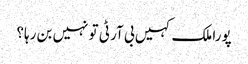
پورا ملک کہیں بی آر ٹی تو نہیں بن رہا؟